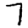
Digit: 7